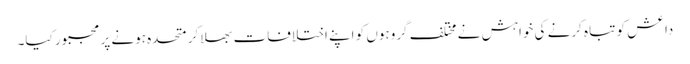
داعش کو تباہ کرنے کی خواہش نے مختلف گروہوں کو اپنے اختلافات بھلا کر متحدہ ہونے پر مجبور کیا۔